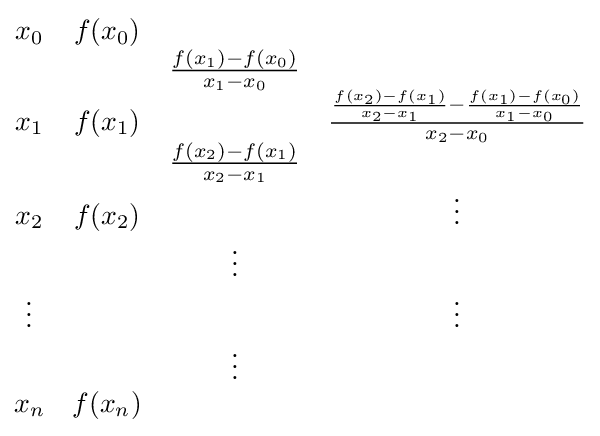
{\begin{matrix}x_{0}&f(x_{0})&&\\&&{f(x_{1})-f(x_{0}) \over x_{1}-x_{0}}&\\x_{1}&f(x_{1})&&{{f(x_{2})-f(x_{1}) \over x_{2}-x_{1}}-{f(x_{1})-f(x_{0}) \over x_{1}-x_{0}} \over x_{2}-x_{0}}\\&&{f(x_{2})-f(x_{1}) \over x_{2}-x_{1}}&\\x_{2}&f(x_{2})&&\vdots \\&&\vdots &\\\vdots &&&\vdots \\&&\vdots &\\x_{n}&f(x_{n})&&\\\end{matrix}}